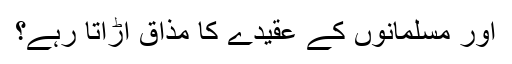
اور مسلمانوں کے عقیدے کا مذاق اڑاتا رہے؟